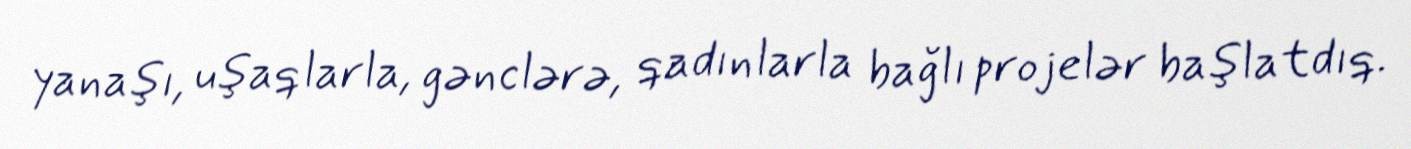
yanaşı, uşaqlarla, gənclərə, qadınlarla bağlı projelər başlatdıq.